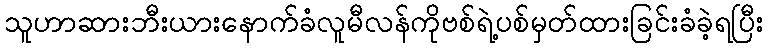
သူဟာဆားဘီးယားနောက်ခံလူမီလန်ကိုဗစ်ရဲ့ပစ်မှတ်ထားခြင်းခံခဲ့ရပြီး